Sanitation, dispensaries and jails vaccination Rajputana 1922-1927 - 1922-1927
Year: 1922
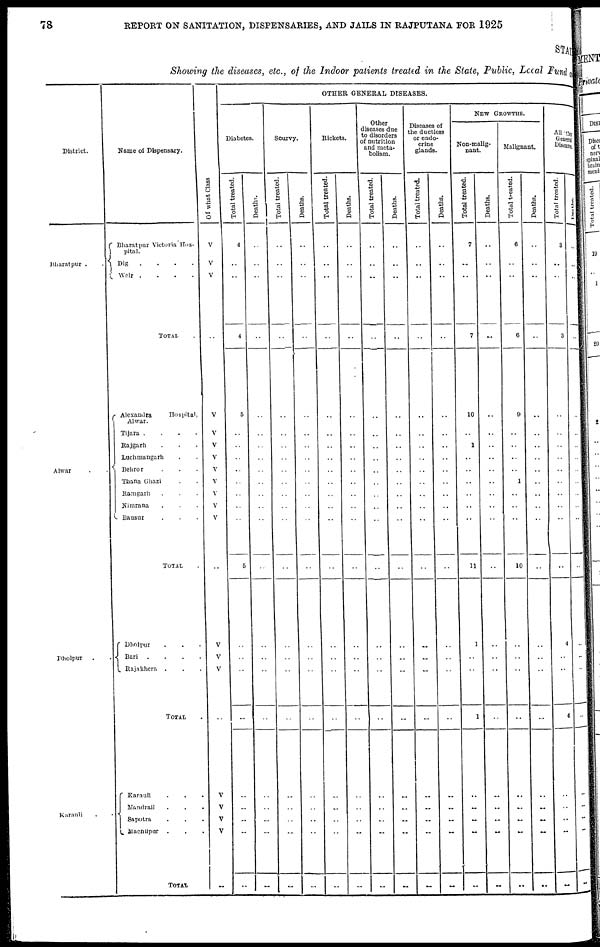
78
REPORT ON SANITATION, DISPENSARIES, AND JAILS IN RAJPUTANA FOR 1925
STATE
Showing the diseases, etc., of the Indoor patients treated in the State, Public, Local Fund and
District.
Bharatpur . .
Alwar . .
Dholpur
. .
Karauli . .
Name of Dispensary.
Bharatpur Victoria Hos-
pital.
Dig
. . . .
Weir .
.
.
.
TOTAL .
Alexandra
Hospital,
Alwar.
Tijara .
.
.
.
Rajgarh . . .
Luchmangarh . .
Behror . . .
Thana Ghazi . .
Ramgarh . . .
Nimrara . . .
Bausur . . .
TOTAL .
Dholpur . . .
Bari .
.
.
.
Rajakhera . . .
TOTAL .
Karauli . . .
Mandrail
.
.
.
Sapotra . . .
Machilpur
. . .
TOTAL
Of what Class
V
V
V
..
V
V
V
V
V
V
V
V
V
..
V
V
V
..
V
V
V
V
..
OTHER GENERAL DISEASES.
Diabetes.
Total treated.
4
..
..
4
5
..
..
..
..
..
..
..
..
5
..
..
..
..
..
..
..
..
..
Deaths.
..
..
..
..
..
..
..
..
..
..
..
..
..
..
..
..
..
..
..
..
..
..
..
Scurvy.
Total treated.
..
..
..
..
..
..
..
..
..
..
..
..
..
..
..
..
..
..
..
..
..
..
..
Deaths.
..
..
..
..
..
..
..
..
..
..
..
..
..
..
..
..
..
..
..
..
..
..
..
Rickets.
Total treated.
..
..
..
..
..
..
..
..
..
..
..
..
..
..
..
..
..
..
..
..
..
..
..
Deaths.
..
..
..
..
..
..
..
..
..
..
..
..
..
..
..
..
..
..
..
..
..
..
..
Other
diseases due
to disorders
of nutrition
and meta-
bolism.
Total treated.
..
..
..
..
..
..
..
..
..
..
..
..
..
..
..
..
..
..
..
..
..
..
..
Deaths.
..
..
..
..
..
..
..
..
..
..
..
..
..
..
..
..
..
..
..
..
..
..
..
Diseases of
the ductless
or endo-
crine
glands.
Total treated.
..
..
..
..
..
..
..
..
..
..
..
..
..
..
..
..
..
..
..
..
..
..
..
Deaths.
..
..
..
..
..
..
..
..
..
..
..
..
..
..
..
..
..
..
..
..
..
..
..
NEW GROWTHS.
Non-malig-
nant.
Total treated.
7
..
..
7
10
..
1
..
..
..
..
..
..
11
1
..
..
1
..
..
..
..
..
Deaths.
..
..
..
..
..
..
..
..
..
..
..
..
..
..
..
..
..
..
..
..
..
..
..
Malignant.
Total treated.
6
..
..
6
9
..
..
..
..
1
..
..
..
10
..
..
..
..
..
..
..
..
..
Deaths.
..
..
..
..
..
..
..
..
..
..
..
..
..
..
..
..
..
..
..
..
..
..
..
All other
General
Diseases.
Total treated.
3
..
..
3
..
..
..
..
..
..
..
..
..
..
4
..
..
4
..
..
..
..
..
Deaths.
..
..
..
..
..
..
..
..
..
..
..
..
..
..
..
..
..
..
..
..
..
..
..